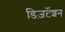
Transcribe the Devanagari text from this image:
डिज़र्टेशन